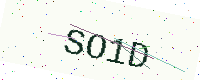
Text: SO1D